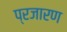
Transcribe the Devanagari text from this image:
प्रजारण